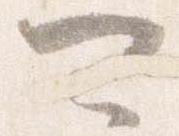
可